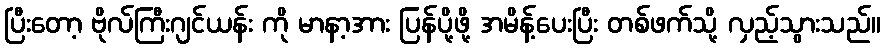
ပြီးတော့ ဗိုလ်ကြီးဂျင်ယန်း ကို မာနာ့အား ပြန်ပို့ဖို့ အမိန့်ပေးပြီး တစ်ဖက်သို့ လှည့်သွားသည်။